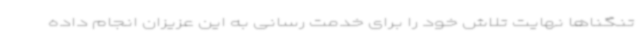
تنگناها نهایت تلاش خود را برای خدمت رسانی به این عزیزان انجام داده